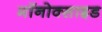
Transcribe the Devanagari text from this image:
मॉनोक्साइड